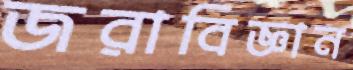
জরাবিজ্ঞান